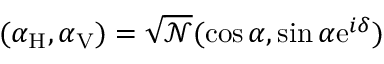
( \alpha _ { \mathrm { H } } , \alpha _ { \mathrm { V } } ) = \sqrt { \mathcal N } ( \cos \alpha , \sin \alpha \mathrm { e } ^ { i \delta } )